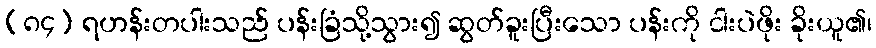
(၈၄) ရဟန်းတပါးသည် ပန်းခြံသို့သွား၍ ဆွတ်ခူးပြီးသော ပန်းကို ငါးပဲဖိုး ခိုးယူ၏၊